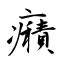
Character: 癪